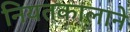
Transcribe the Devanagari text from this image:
नियतकालाने